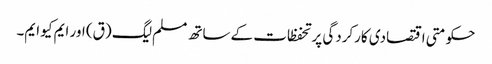
حکومتی اقتصادی کارکردگی پر تحفظات کے ساتھ مسلم لیگ (ق) اور ایم کیو ایم۔